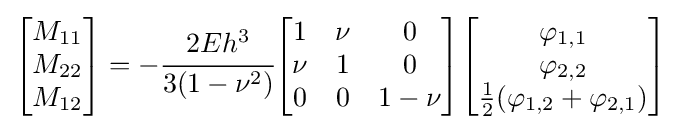
{\begin{bmatrix}M_{11}\\M_{22}\\M_{12}\end{bmatrix}}=-{\cfrac {2Eh^{3}}{3(1-\nu ^{2})}}{\begin{bmatrix}1&\nu &0\\\nu &1&0\\0&0&1-\nu \end{bmatrix}}{\begin{bmatrix}\varphi _{1,1}\\\varphi _{2,2}\\{\frac {1}{2}}(\varphi _{1,2}+\varphi _{2,1})\end{bmatrix}}